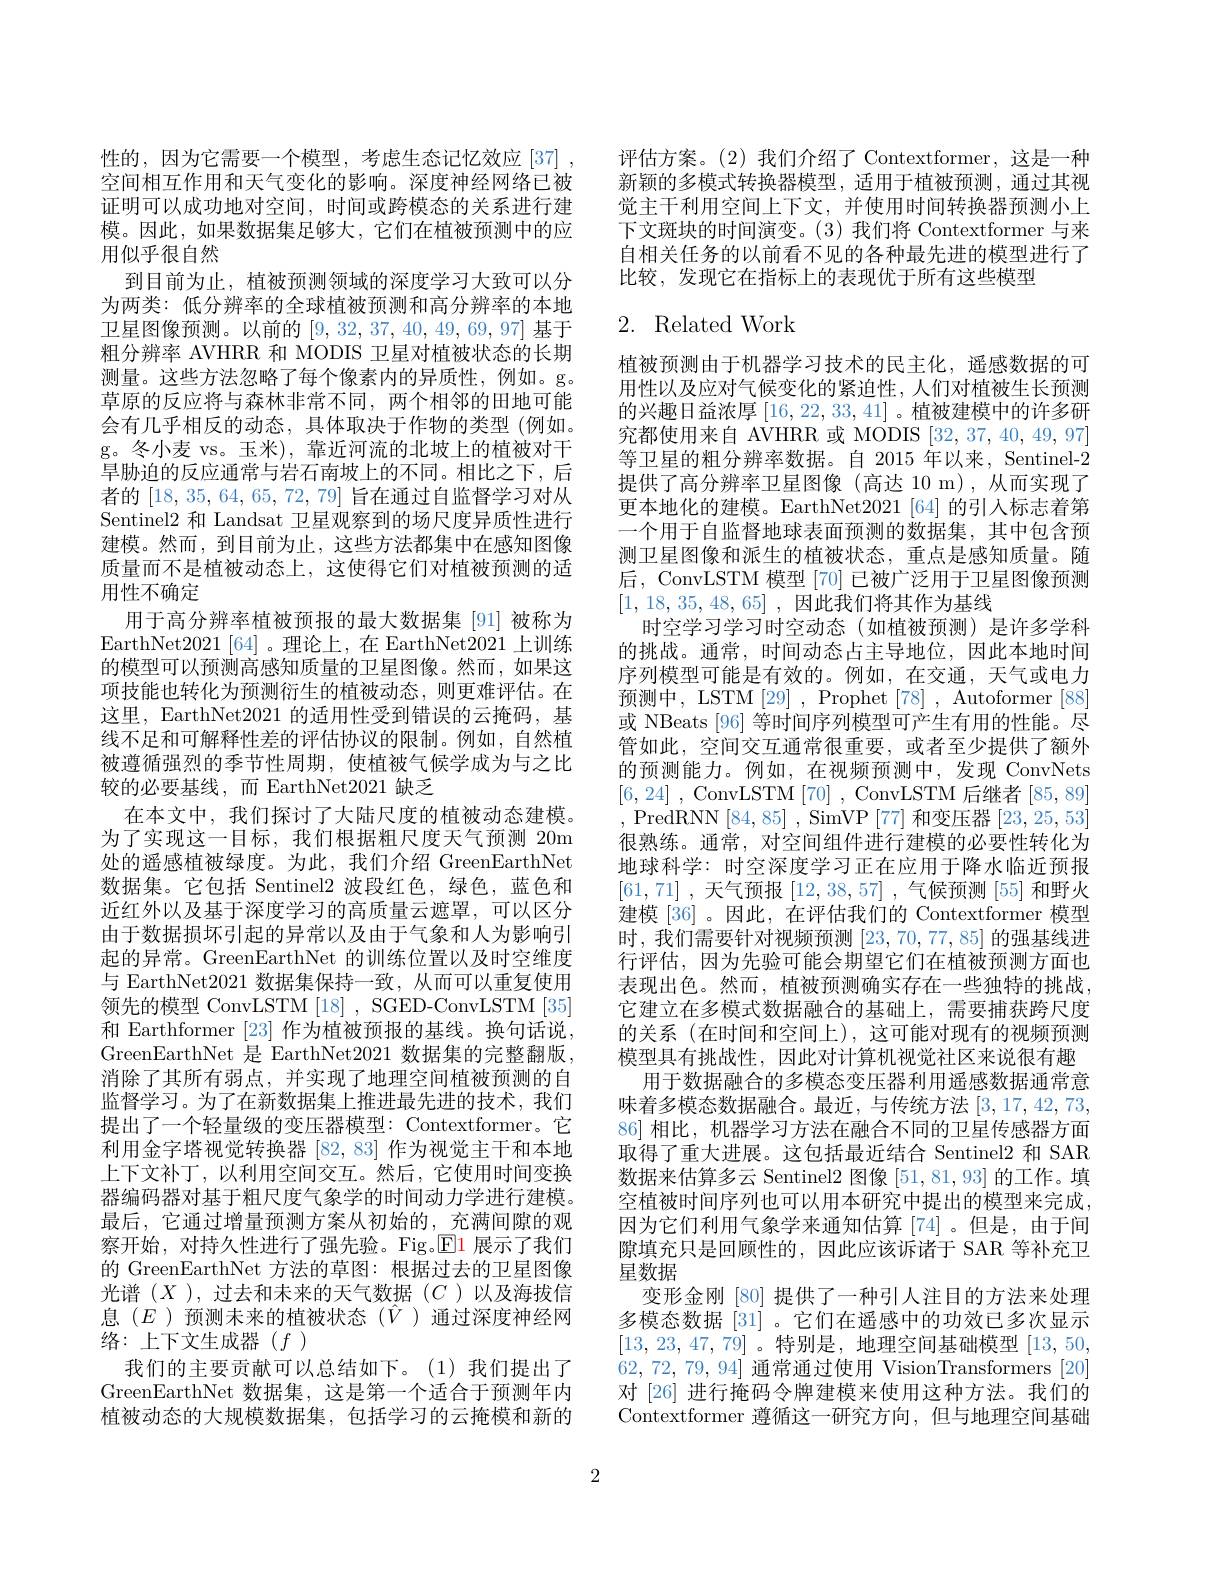
性的，因为它需要一个模型，考虑生态记忆效应[37] , 空间相互作用和天气变化的影响。深度神经网络已被证明可以成功地对空间，时间或跨模态的关系进行建模。因此，如果数据集足够大，它们在植被预测中的应用似乎很自然
到目前为止，植被预测领域的深度学习大致可以分为两类：低分辨率的全球植被预测和高分辨率的本地卫星图像预测。以前的[9,32,37,40,49,69,97]基于粗分辨率 AVHRR 和 MODIS 卫星对植被状态的长期测量。这些方法忽略了每个像素内的异质性，例如。g。草原的反应将与森林非常不同，两个相邻的田地可能会有几乎相反的动态，具体取决于作物的类型(例如。g。冬小麦 vs。玉米),靠近河流的北坡上的植被对干旱胁迫的反应通常与岩石南坡上的不同。相比之下，后者的[18,35,64,65,72,79]旨在通过自监督学习对从Sentinel2 和 Landsat 卫星观察到的场尺度异质性进行建模。然而，到目前为止，这些方法都集中在感知图像质量而不是植被动态上，这使得它们对植被预测的适用性不确定
用于高分辨率植被预报的最大数据集[91]被称为EarthNet2021[64]。理论上，在 EarthNet2021 上训练的模型可以预测高感知质量的卫星图像。然而，如果这项技能也转化为预测衍生的植被动态，则更难评估。在这里，EarthNet2021 的适用性受到错误的云掩码，基线不足和可解释性差的评估协议的限制。例如，自然植被遵循强烈的季节性周期，使植被气候学成为与之比较的必要基线，而 EarthNet2021 缺乏
在本文中，我们探讨了大陆尺度的植被动态建模。为了实现这一目标，我们根据粗尺度天气预测 20m 处的遥感植被绿度。为此，我们介绍 GreenEarthNet 数据集。它包括 Sentinel2 波段红色，绿色，蓝色和近红外以及基于深度学习的高质量云遮罩，可以区分由于数据损坏引起的异常以及由于气象和人为影响引起的异常。GreenEarthNet 的训练位置以及时空维度与 EarthNet2021 数据集保持一致，从而可以重复使用领先的模型 ConvLSTM [18] , SGED-ConvLSTM [35] 和 Earthformer [23] 作为植被预报的基线。换句话说， GreenEarthNet 是 EarthNet2021 数据集的完整翻版， 消除了其所有弱点，并实现了地理空间植被预测的自监督学习。为了在新数据集上推进最先进的技术，我们提出了一个轻量级的变压器模型：Contextformer。它利用金字塔视觉转换器 [82,83] 作为视觉主干和本地上下文补丁，以利用空间交互。然后，它使用时间变换器编码器对基于粗尺度气象学的时间动力学进行建模。最后，它通过增量预测方案从初始的，\_充满间隙的观察开始，对持久性进行了强先验。Fig.$\mathbb{E}$1 展示了我们的 GreenEarthNet 方法的草图：根据过去的卫星图像光谱(X),过去和未来的天气数据(C)以及海拔信息$(E$ )预测未来的植被状态$(\hat{V}$ )通过深度神经网络 : 上 下 文 生 成 器 ( $f)$
我们的主要贡献可以总结如下。(1)我们提出了GreenEarthNet 数据集，这是第一个适合于预测年内植被动态的大规模数据集，包括学习的云掩模和新的

评估方案。(2)我们介绍了 Contextformer,这是一种新颖的多模式转换器模型，适用于植被预测，通过其视觉主干利用空间上下文，并使用时间转换器预测小上下文斑块的时间演变。(3)我们将 Contextformer 与来自相关任务的以前看不见的各种最先进的模型进行了比较，发现它在指标上的表现优于所有这些模型

## 2. Related Work

植被预测由于机器学习技术的民主化，遥感数据的可用性以及应对气候变化的紧迫性，人们对植被生长预测的兴趣日益浓厚$\left[16,22,33,41\right]$。植被建模中的许多研究都使用来自 AVHRR 或 MODIS [32,37,40,49,97] 等卫星的粗分辨率数据。自 2015 年以来，Sentinel-2提供了高分辨率卫星图像(高达 10 m),从而实现了更本地化的建模。EarthNet2021 [64] 的引人标志着第一个用于自监督地球表面预测的数据集，其中包含预测卫星图像和派生的植被状态，重点是感知质量。随后，ConvLSTM 模型 [70] 已被广泛用于卫星图像预测[1,18,35,48,65] ,因此我们将其作为基线
时空学习学习时空动态(如植被预测)是许多学科的挑战。通常，时间动态占主导地位，因此本地时间序列模型可能是有效的。例如，在交通，天气或电力预测中，LSTM[29] , Prophet[78] , Autoformer[88] 或 NBeats [96] 等时间序列模型可产生有用的性能。尽管如此，空间交互通常很重要，或者至少提供了额外的预测能力。例如，在视频预测中，发现 ConvNets [6,24] , ConvLSTM [70] , ConvLSTM 后继者[85,89] ,PredRNN[84,85],SimVP[77] 和变压器[23,25,53] 很熟练。通常，对空间组件进行建模的必要性转化为地球科学：时空深度学习正在应用于降水临近预报[61,71] , 天气预报[12,38,57] , 气候预测[55] 和野火建模[36]。因此，在评估我们的 Contextformer 模型时，我们需要针对视频预测[23,70,77,85]的强基线进行评估，因为先验可能会期望它们在植被预测方面也表现出色。然而，植被预测确实存在一些独特的挑战， 它建立在多模式数据融合的基础上，需要捕获跨尺度的关系(在时间和空间上),这可能对现有的视频预测模型具有挑战性，因此对计算机视觉社区来说很有趣
用于数据融合的多模态变压器利用遥感数据通常意味着多模态数据融合。最近，与传统方法[3,17,42,73, 86] 相比，机器学习方法在融合不同的卫星传感器方面取得了重大进展。这包括最近结合 Sentinel2 和 SAR 数据来估算多云 Sentinel2 图像[51,81,93]的工作。填空植被时间序列也可以用本研究中提出的模型来完成， 因为它们利用气象学来通知估算[74]。但是，由于间隙填充只是回顾性的，因此应该诉诸于 SAR 等补充卫星数据
变形金刚 [80] 提供了一种引人注目的方法来处理多模态数据[31]。它们在遥感中的功效已多次显示[13,23,47,79]。特别是，地理空间基础模型[13,50, 62,72,79, 94] 通常通过使用 VisionTransformers [20] 对 [26] 进行掩码令牌建模来使用这种方法。我们的Contextformer 遵循这一研究方向，但与地理空间基础

2